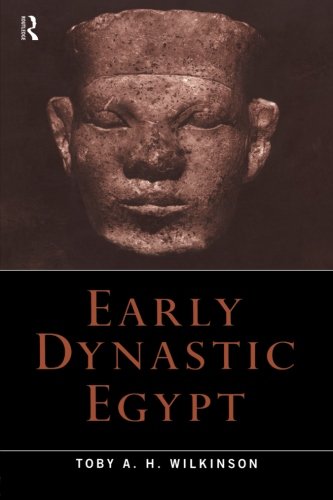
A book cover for Early Dynastic Egypt; Toby A.H. Wilkinson; History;